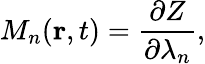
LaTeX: M_{n}(\mathbf{r},t)=\frac{\partial Z}{\partial\lambda_{n}},